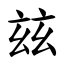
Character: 玆